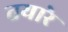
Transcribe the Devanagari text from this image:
तयारे